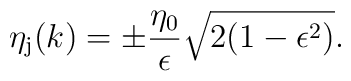
\eta _{\rm j}(k)=\pm \frac{\eta _0}{\epsilon }\sqrt{2(1-\epsilon^2)}.